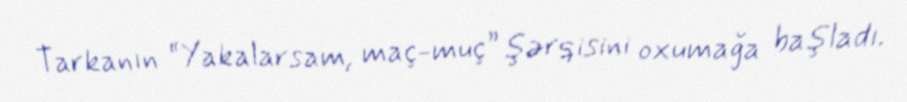
Tarkanın “Yakalarsam, maç-muç” şərqisini oxumağa başladı.